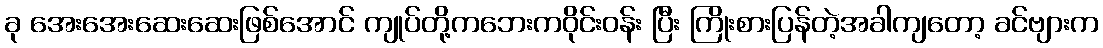
ခု အေးအေးဆေးဆေးဖြစ်အောင် ကျုပ်တို့ကဘေးကဝိုင်းဝန်း ပြီး ကြိုးစားပြန်တဲ့အခါကျတော့ ခင်ဗျားက